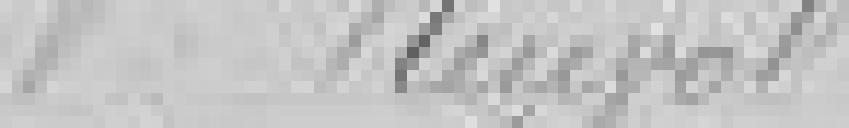
Veuve Ruepol